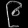
Digit: ၉